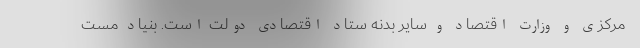
مرکزی و وزارت اقتصاد و سایر بدنه ستاد اقتصادی دولت است. بنیاد مست